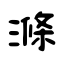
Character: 滌